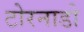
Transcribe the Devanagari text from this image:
टोरनाडो